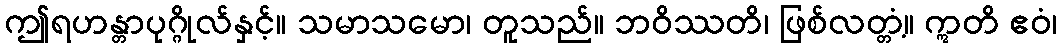
ဤရဟန္တာပုဂ္ဂိုလ်နှင့်။ သမာသမော၊ တူသည်။ ဘဝိဿတိ၊ ဖြစ်လတ္တံ့။ ဣတိ ဧဝံ၊